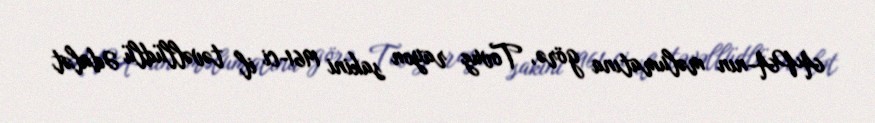
APA-nın məlumatına görə, Tovuz rayon sakini 1961-ci il təvəllüdlü Ədalət